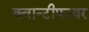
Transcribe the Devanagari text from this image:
क्वान्टीफायर